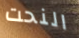
النحت